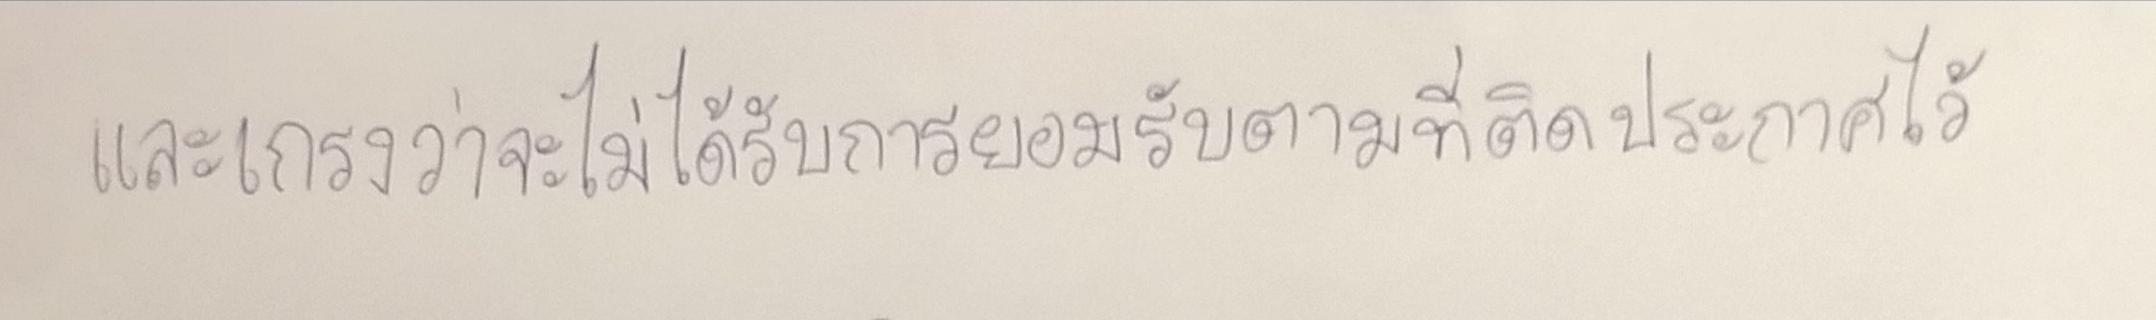
และเกรงว่าจะไม่ได้รับการยอมรับตามที่ติดประกาศไว้